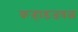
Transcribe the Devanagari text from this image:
कऱ्हाडजवळ